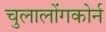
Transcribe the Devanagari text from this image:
चुलालोंगकोर्न